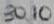
Text: 3010